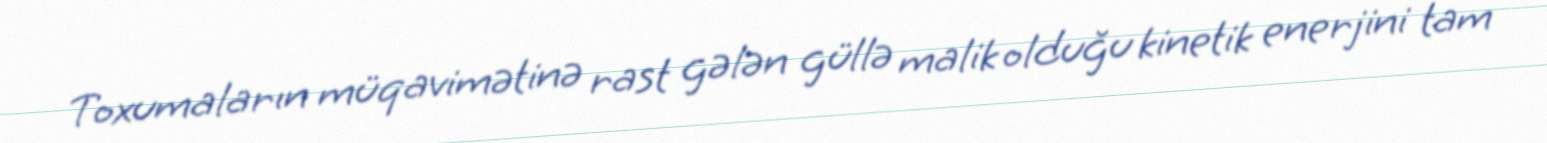
Toxumaların müqavimətinə rast gələn güllə malik olduğu kinetik enerjini tam